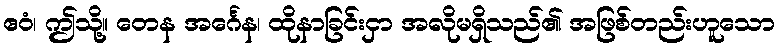
ဧဝံ၊ ဤသို့။ တေန အင်္ဂေန၊ ထိုနာခြင်းငှာ အလိုမရှိသည်၏ အဖြစ်တည်းဟူသော